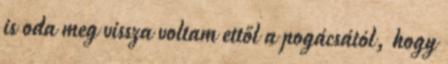
is oda meg vissza voltam ettől a pogácsától, hogy